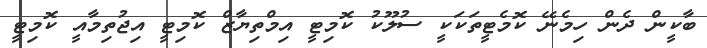
ބާކީން ދެން ހިމެނޭ ކޮމެޓީތަކަކީ ސުލޫކު ކޮމިޓީ އިމްތިޔާޒް ކޮމިޓީ އިޖުތިމާއީ ކޮމިޓީ